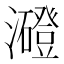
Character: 𤃶